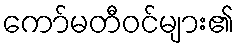
ကော်မတီဝင်များ၏